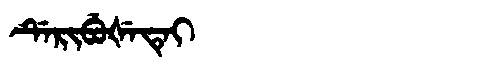
Manchu: ᡩᡝᡵᡳᠪᡠᡧᡝᡨᡝᡳ
Romanization: DERIBUŠETEI